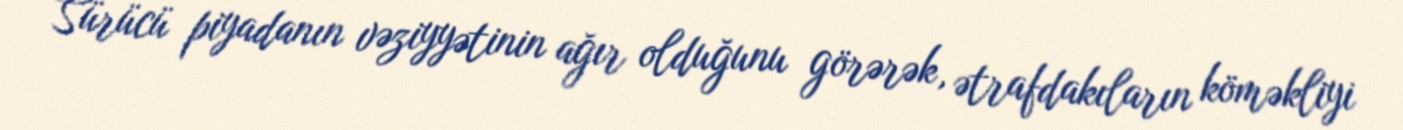
Sürücü piyadanın vəziyyətinin ağır olduğunu görərək, ətrafdakıların köməkliyi